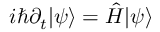
i \hbar \partial _ { t } | \psi \rangle = { \hat { H } } | \psi \rangle